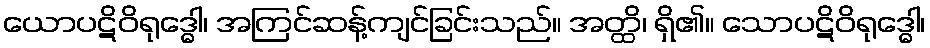
ယောပဋိဝိရုဒ္ဓေါ၊ အကြင်ဆန့်ကျင်ခြင်းသည်။ အတ္ထိ၊ ရှိ၏။ သောပဋိဝိရုဒ္ဓေါ၊